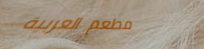
مطعم العربية